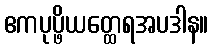
ဧကပုပ္ဖိယတ္ထေရအပဒါန။